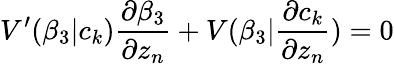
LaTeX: V^{\prime}(\beta_{3}|c_{k})\frac{\partial\beta_{3}}{\partial z_{n}}+V(\beta_{3}|\frac{\partial c_{k}}{\partial z_{n}})=0